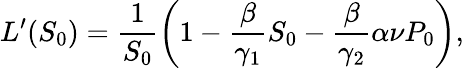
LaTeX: L^{\prime}(S_{0})=\frac{1}{S_{0}}\left(1-\frac{\beta}{\gamma_{1}}S_{0}-\frac{\beta}{\gamma_{2}}\alpha\nu P_{0}\right),